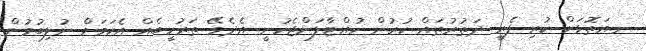
ނ.އަތޮޅަށް ކުރި ފެރީ ދަތުރުތައް ކުރުން ހުއްޓާލަންޖެހުނީ އެދެވޭ ތަރުހީބެއް އެކަމަށް ނުލިބުމުން